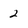
Character: 2